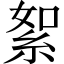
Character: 絮